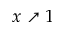
x \nearrow 1